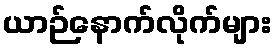
ယာဉ်နောက်လိုက်များ